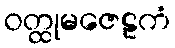
ဝတ္ထုမဇေဠကံ